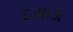
દસાડા